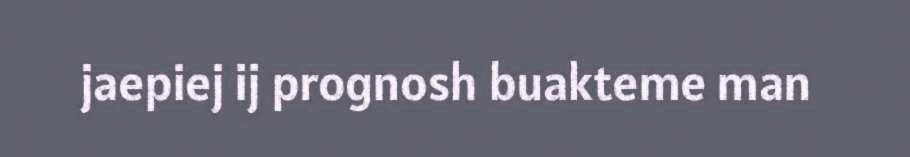
jaepiej ij prognosh buakteme man